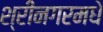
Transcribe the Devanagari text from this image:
श्रीनगरमधे